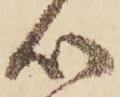
心